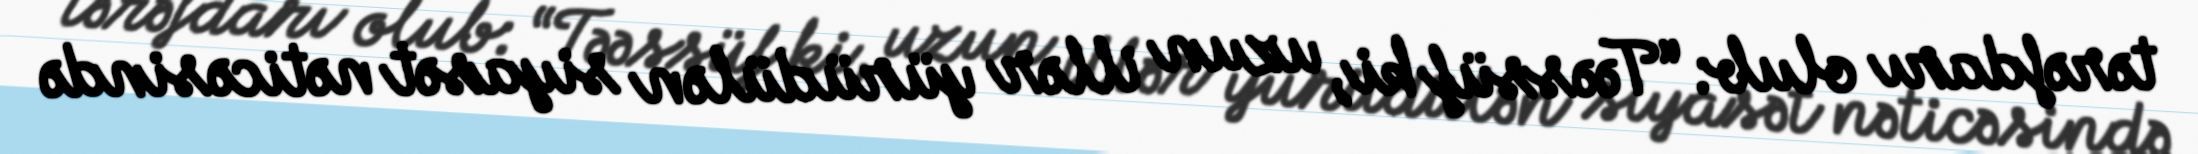
tərəfdarı olub: “Təəssüf ki, uzun illər yürüdülən siyasət nəticəsində